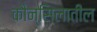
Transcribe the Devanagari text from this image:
कौन्सिलातील